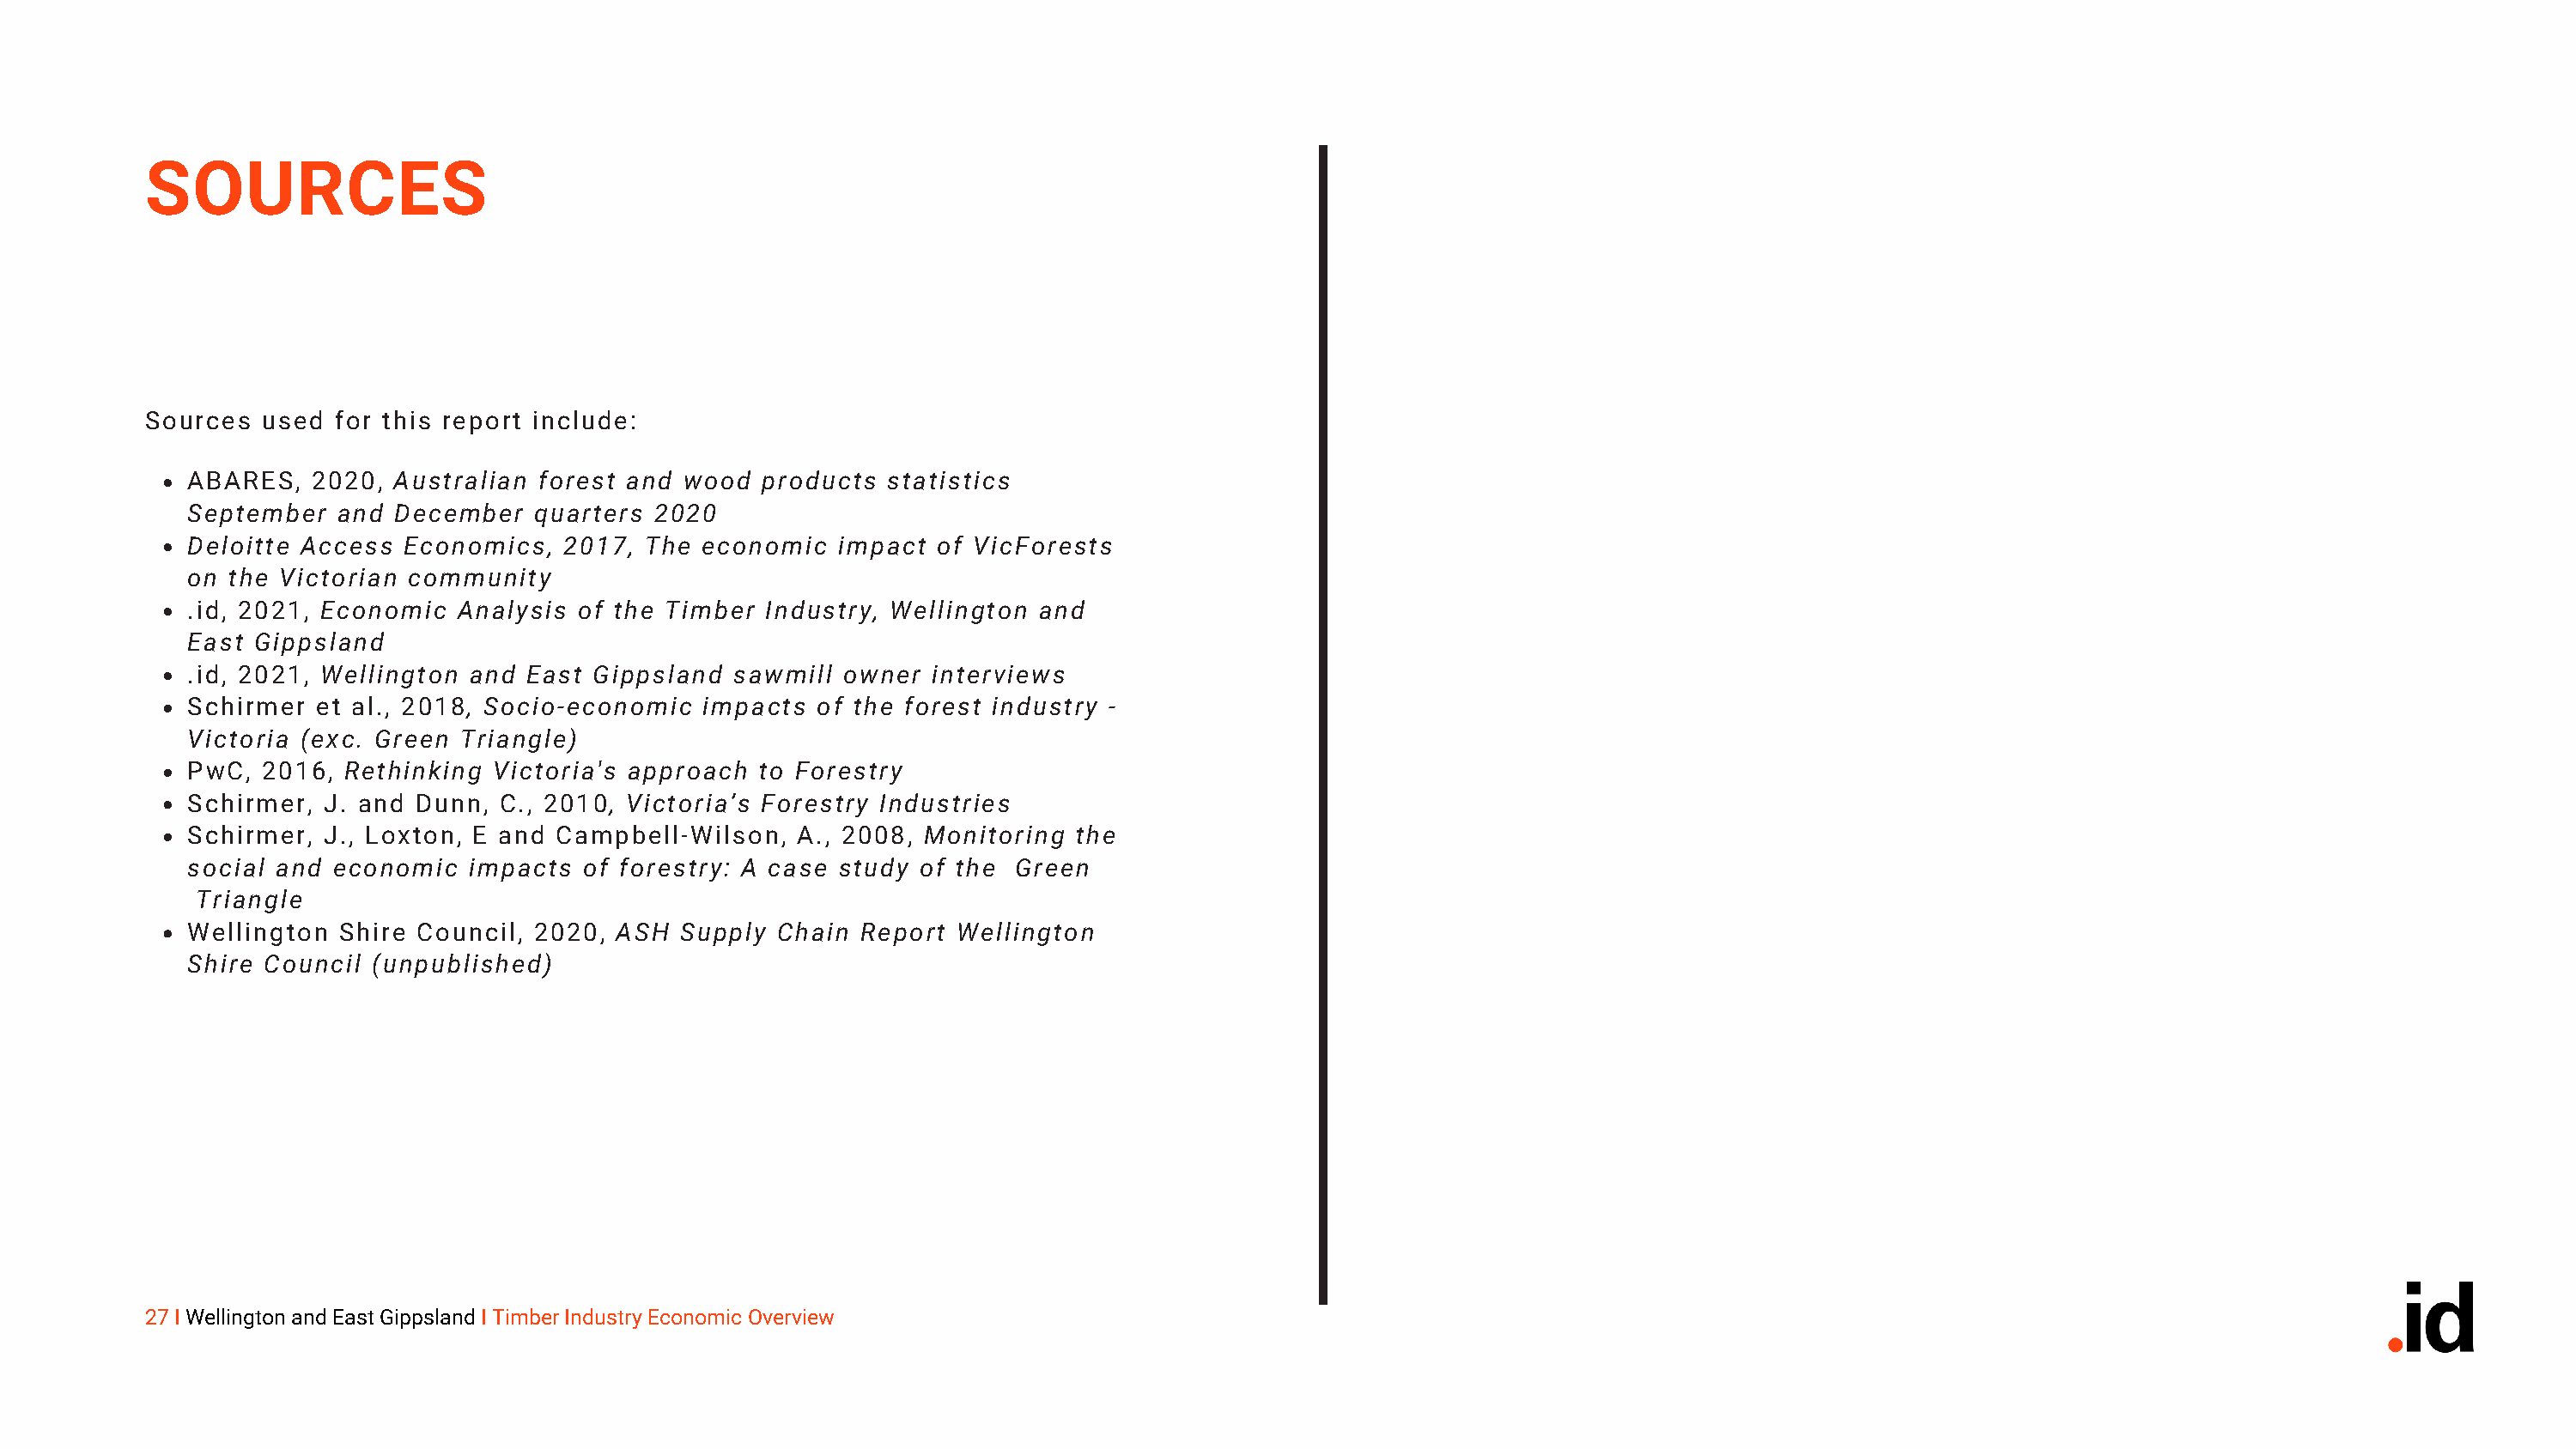
SOURCES
 Sources  used  for this report include:
 ABARES,   2020, Australian forest and  wood  products statistics
 September   and December   quarters 2020
 Deloitte Access  Economics,  2017,  The economic   impact of VicForests
 on  the Victorian community
 .id, 2021, Economic  Analysis  of the Timber Industry, Wellington and
 East  Gippsland
 .id, 2021, Wellington and  East Gippsland  sawmill owner  interviews
 Schirmer  et al., 2018, Socio-economic  impacts  of the forest industry -
 Victoria (exc. Green Triangle)
 PwC,  2016,  Rethinking Victoria's approach  to Forestry
 Schirmer,  J. and Dunn,  C., 2010, Victoria’s Forestry Industries
 Schirmer,  J., Loxton, E and Campbell-Wilson,  A., 2008, Monitoring  the
 social and  economic  impacts  of forestry: A case study of the Green
 Triangle
 Wellington  Shire Council, 2020, ASH  Supply  Chain Report  Wellington
 Shire Council  (unpublished)
 27 I Wellington and East Gippsland I Timber Industry Economic Overview